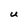
Character: U